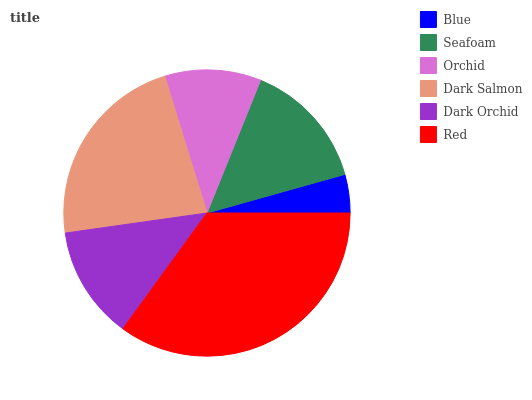
| Blue | Seafoam | Orchid | Dark Salmon | Dark Orchid | Red |
 | --- | --- | --- | --- | --- | --- |
 | 4.35% | 14.5% | 10.9% | 22.4% | 12.8% | 35% |